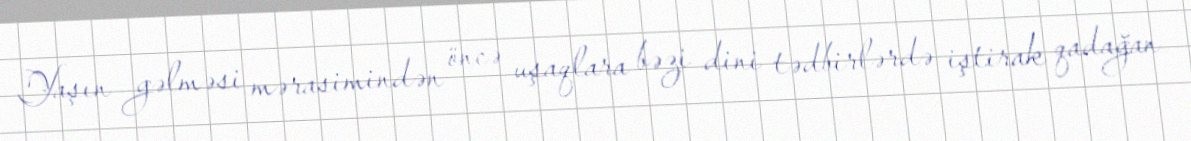
Yaşın gəlməsi mərasimindən öncə uşaqlara bəzi dini tədbirlərdə iştirak qadağan